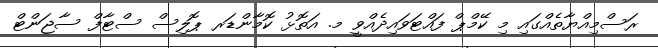
ރަސްމިއްޔާތެއްގައި މި ކޭމްޕް ފައްޓަވައިދެއްވީ މ. އަތޮޅު ކޮމާންޑަރ ޕޮލިސް ސްޓާފް ސާޖަންޓް